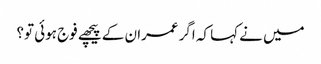
میں نے کہا کہ اگر عمران کے پیچھے فوج ہوئی تو؟